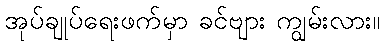
အုပ်ချုပ်ရေးဖက်မှာ ခင်ဗျား ကျွမ်းလား။